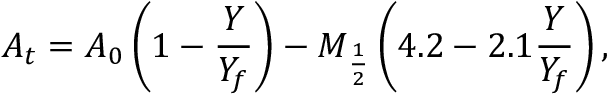
A _ { t } = A _ { 0 } \left( 1 - \frac { Y } { Y _ { f } } \right) - M _ { \frac { 1 } { 2 } } \left( 4 . 2 - 2 . 1 \frac { Y } { Y _ { f } } \right) ,